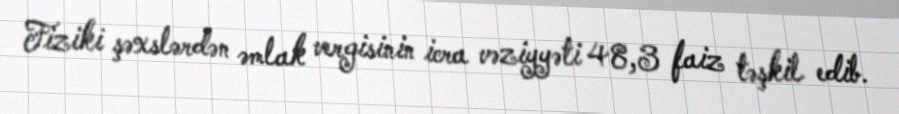
Fiziki şəxslərdən əmlak vergisinin icra vəziyyəti 48,3 faiz təşkil edib.